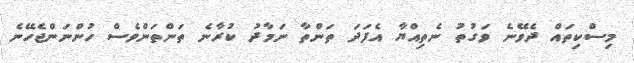
މިސްކިތައް ދެވޭނެ ވަގުތު ނެތިއްޔާ އެފަދަ ތަންތާ ނަމާދު ކުރާނެ ތަންތަންވެސް ހުންނަންޖެހޭނެ